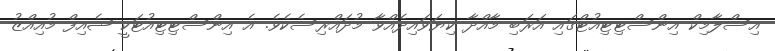
އިސްލާމިކް އިންސްޓިޓިއުޓްގައި އަރަބި މާއްދާ ކިޔަވައިދެއްވާ މުދައްރިސެކެވެ. އެ އިންސްޓިޓިއުޓަކީ ޝެއިފް މުއިއްޒު